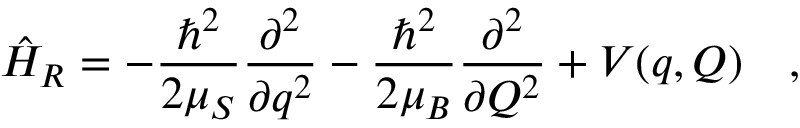
\hat { H } _ { R } = - \frac { \hbar ^ { 2 } } { 2 \mu _ { S } } \frac { \partial ^ { 2 } } { \partial q ^ { 2 } } - \frac { \hbar ^ { 2 } } { 2 \mu _ { B } } \frac { \partial ^ { 2 } } { \partial Q ^ { 2 } } + V ( q , Q ) \quad ,